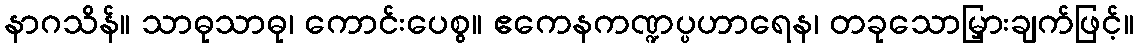
နာဂသိန်။ သာဓုသာဓု၊ ကောင်းပေစွ။ ဧကေနကဏ္ဍပ္ပဟာရေန၊ တခုသောမြှားချက်ဖြင့်။